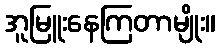
အူမြူးနေကြတာမျိုး။